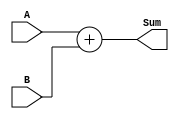
module Adder(
    input [31:0] A,
    input [31:0] B,
    output [31:0] Sum
);

assign Sum = A + B;

endmodule